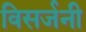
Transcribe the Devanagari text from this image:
विसर्जनी